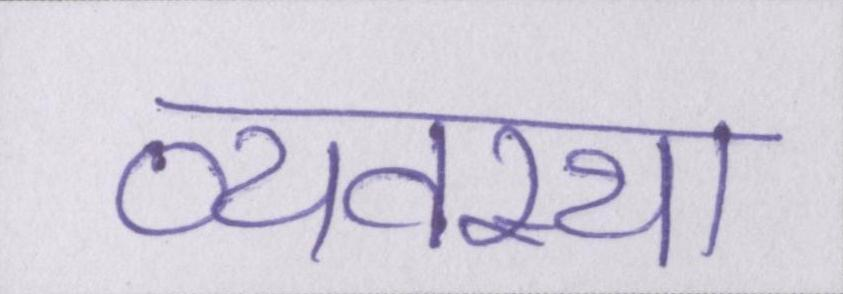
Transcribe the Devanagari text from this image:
व्यवस्था